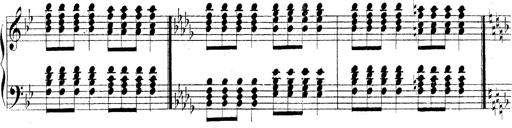
Title: Technische Studien
Composer: Franz Liszt